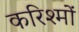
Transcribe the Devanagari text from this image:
करिश्मों